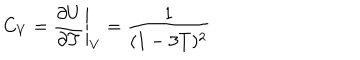
LaTeX: C _ { V } = \left. \frac { \partial U } { \partial T } \right| _ { V } = \frac { 1 } { ( 1 - 3 T ) ^ { 2 } }